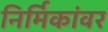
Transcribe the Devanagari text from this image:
निर्मिकांवर